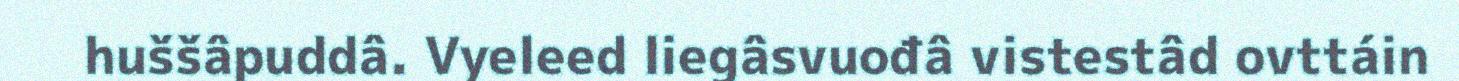
huššâpuddâ. Vyeleed liegâsvuođâ vistestâd ovttáin